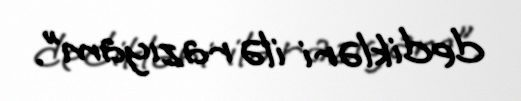
dedikləri ilə razıyam”.